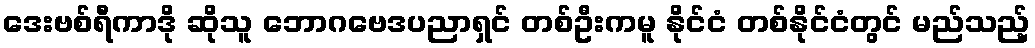
ဒေးဗစ်ရီကာဒို ဆိုသူ ဘောဂဗေဒပညာရှင် တစ်ဦးကမူ နိုင်ငံ တစ်နိုင်ငံတွင် မည်သည့်